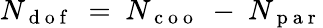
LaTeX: N_{\mathrm{~d~o~f~}}~=~N_{\mathrm{~c~o~o~}}~-~N_{\mathrm{~p~a~r~}}